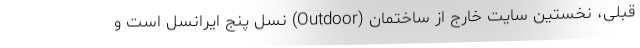
قبلی، نخستین سایت خارج از ساختمان (Outdoor) نسل پنج ایرانسل است و